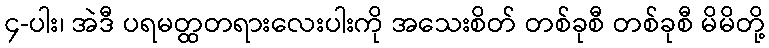
၄-ပါး၊ အဲဒီ ပရမတ္ထတရားလေးပါးကို အသေးစိတ် တစ်ခုစီ တစ်ခုစီ မိမိတို့